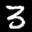
Label: 3